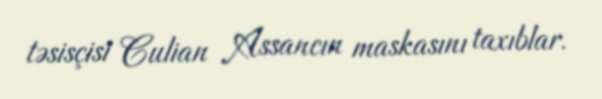
təsisçisi Culian Assancın maskasını taxıblar.